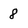
Character: 8